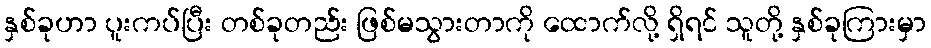
နှစ်ခုဟာ ပူးကပ်ပြီး တစ်ခုတည်း ဖြစ်မသွားတာကို ထောက်လို့ ရှိရင် သူတို့ နှစ်ခုကြားမှာ